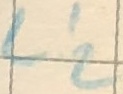
Text: L'2